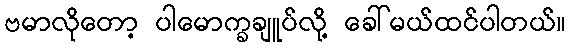
ဗမာလိုတော့ ပါမောက္ခချူပ်လို့ ခေါ်မယ်ထင်ပါတယ်။